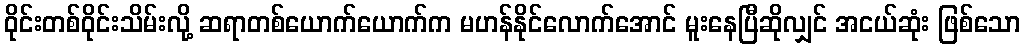
ဝိုင်းတစ်ဝိုင်းသိမ်းလို့ ဆရာတစ်ယောက်ယောက်က မဟန်နိုင်လောက်အောင် မူးနေပြီဆိုလျှင် အငယ်ဆုံး ဖြစ်သော